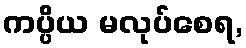
ကပ္ပိယ မလုပ်စေရ,